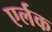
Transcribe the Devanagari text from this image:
एर्लक